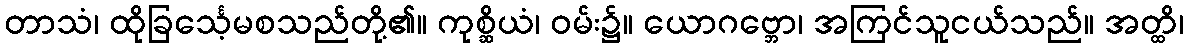
တာသံ၊ ထိုခြင်္သေ့မစသည်တို့၏။ ကုစ္ဆိယံ၊ ဝမ်း၌။ ယောဂဗ္ဘော၊ အကြင်သူငယ်သည်။ အတ္ထိ၊